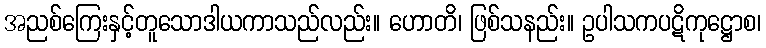
အညစ်ကြေးနှင့်တူသောဒါယကာသည်လည်း။ ဟောတိ၊ ဖြစ်သနည်း။ ဥပါသကပဋိကုဋ္ဌောစ၊